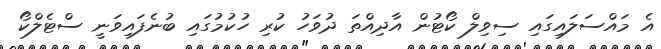
އެ މައްސަލައިގައި ސިވިލް ކޯޓުން އާދިއްތަ ދުވަހު ކުރި ހުކުމުގައި ބުނެފައިވަނީ ސްޓެލްކޯ